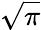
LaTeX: \sqrt{\pi}